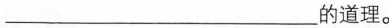
___的道理。